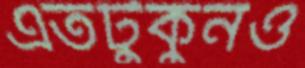
এতটুকুনও